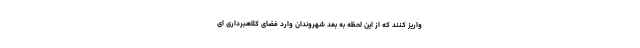
واریز کنند که از این لحظه به بعد شهروندان وارد فضای کلاهبرداری ای